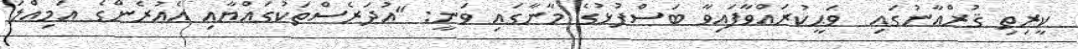
ކީރިތި ޤުރްއާނުގައި  ވަޙީކުރައްވާފައިވާ ބަސްފުޅުގެ މާނާގައި ވަނީ: "އުދަރެސްތަކުގައްޔާއި އެއުރެންގެ އަމިއްލަ